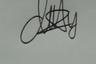
Signature authenticity: genuine